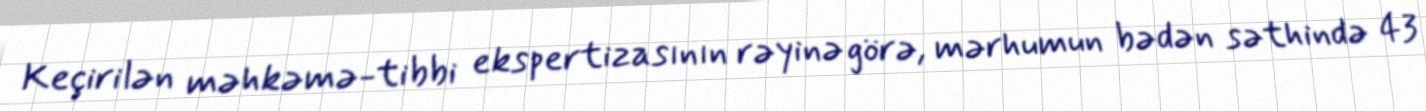
Keçirilən məhkəmə-tibbi ekspertizasının rəyinə görə, mərhumun bədən səthində 43